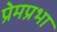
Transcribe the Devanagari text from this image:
प्रेमप्रभा